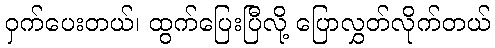
ဝှက်ပေးတယ်၊ ထွက်ပြေးပြီလို့ ပြောလွှတ်လိုက်တယ်